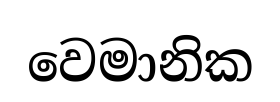
වෙමානික